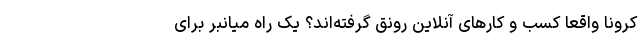
کرونا واقعا کسب و کارهای آنلاین رونق گرفته‌اند؟ یک راه میانبر برای